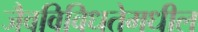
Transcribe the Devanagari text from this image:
जैवविविधतेमधील